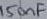
Text: 150nF